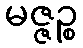
မဇ္ဇဉ္စ